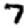
Digit: 7